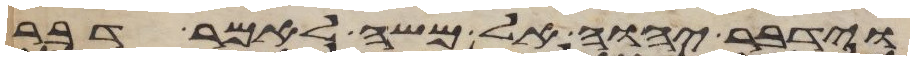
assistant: וידבר יהוה אל משה לאמר דבר